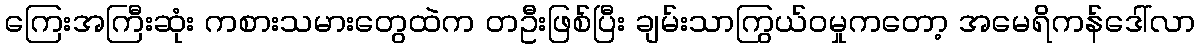
ကြေးအကြီးဆုံး ကစားသမားတွေထဲက တဦးဖြစ်ပြီး ချမ်းသာကြွယ်ဝမှုကတော့ အမေရိကန်ဒေါ်လာ